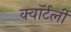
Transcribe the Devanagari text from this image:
क्वॉर्टर्ली